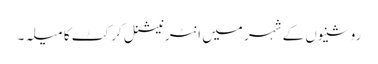
روشنیوں کے شہر میں انٹرنیشنل کرکٹ کا میلہ۔